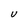
Character: U